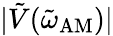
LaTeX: |\tilde{V}(\tilde{\omega}_{\mathrm{AM}})|